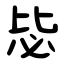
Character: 毖